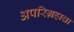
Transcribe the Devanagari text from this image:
अपरिग्रहाचा